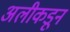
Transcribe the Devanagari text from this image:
अलीकडून